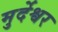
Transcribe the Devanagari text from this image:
मुर्देश्वर